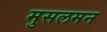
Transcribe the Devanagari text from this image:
मुसलमन